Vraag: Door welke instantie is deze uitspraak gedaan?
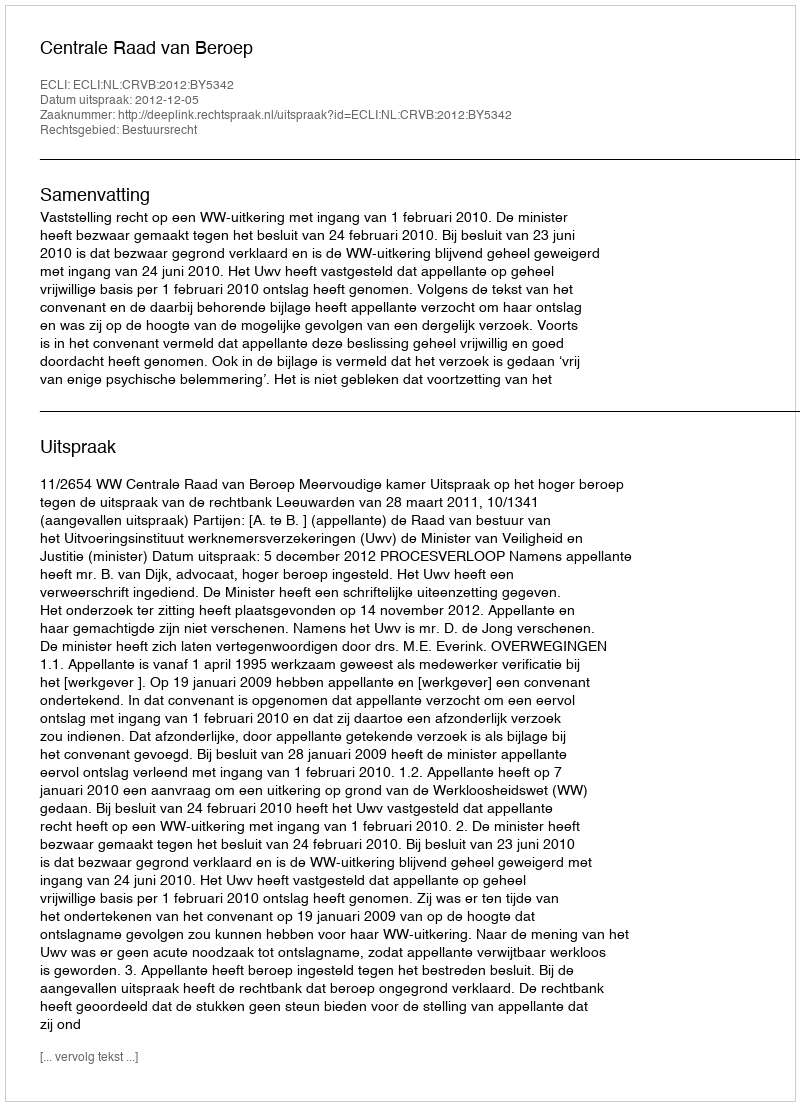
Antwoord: Centrale Raad van Beroep